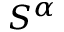
S ^ { \alpha }